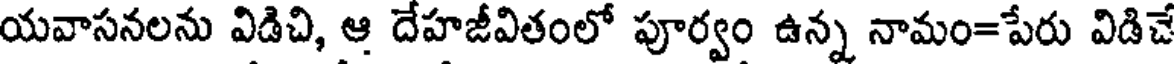
యవాసనలను విడిచి, ఆ దేహజీవితంలో పూర్వం ఉన్న నామం=పేరు విడిచే